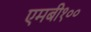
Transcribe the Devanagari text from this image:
एमबी१००